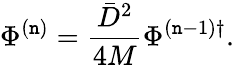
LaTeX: \Phi^{(\mathtt{n})}=\frac{{\bar{{D}}^{2}}}{{4M}}\Phi^{(\mathtt{n}-1)\dagger}.